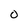
Character: O